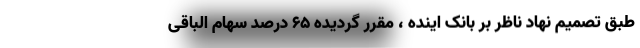
طبق تصمیم نهاد ناظر بر بانک اینده ، مقرر گردیده ۶۵ درصد سهام الباقی